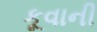
કૂવાની